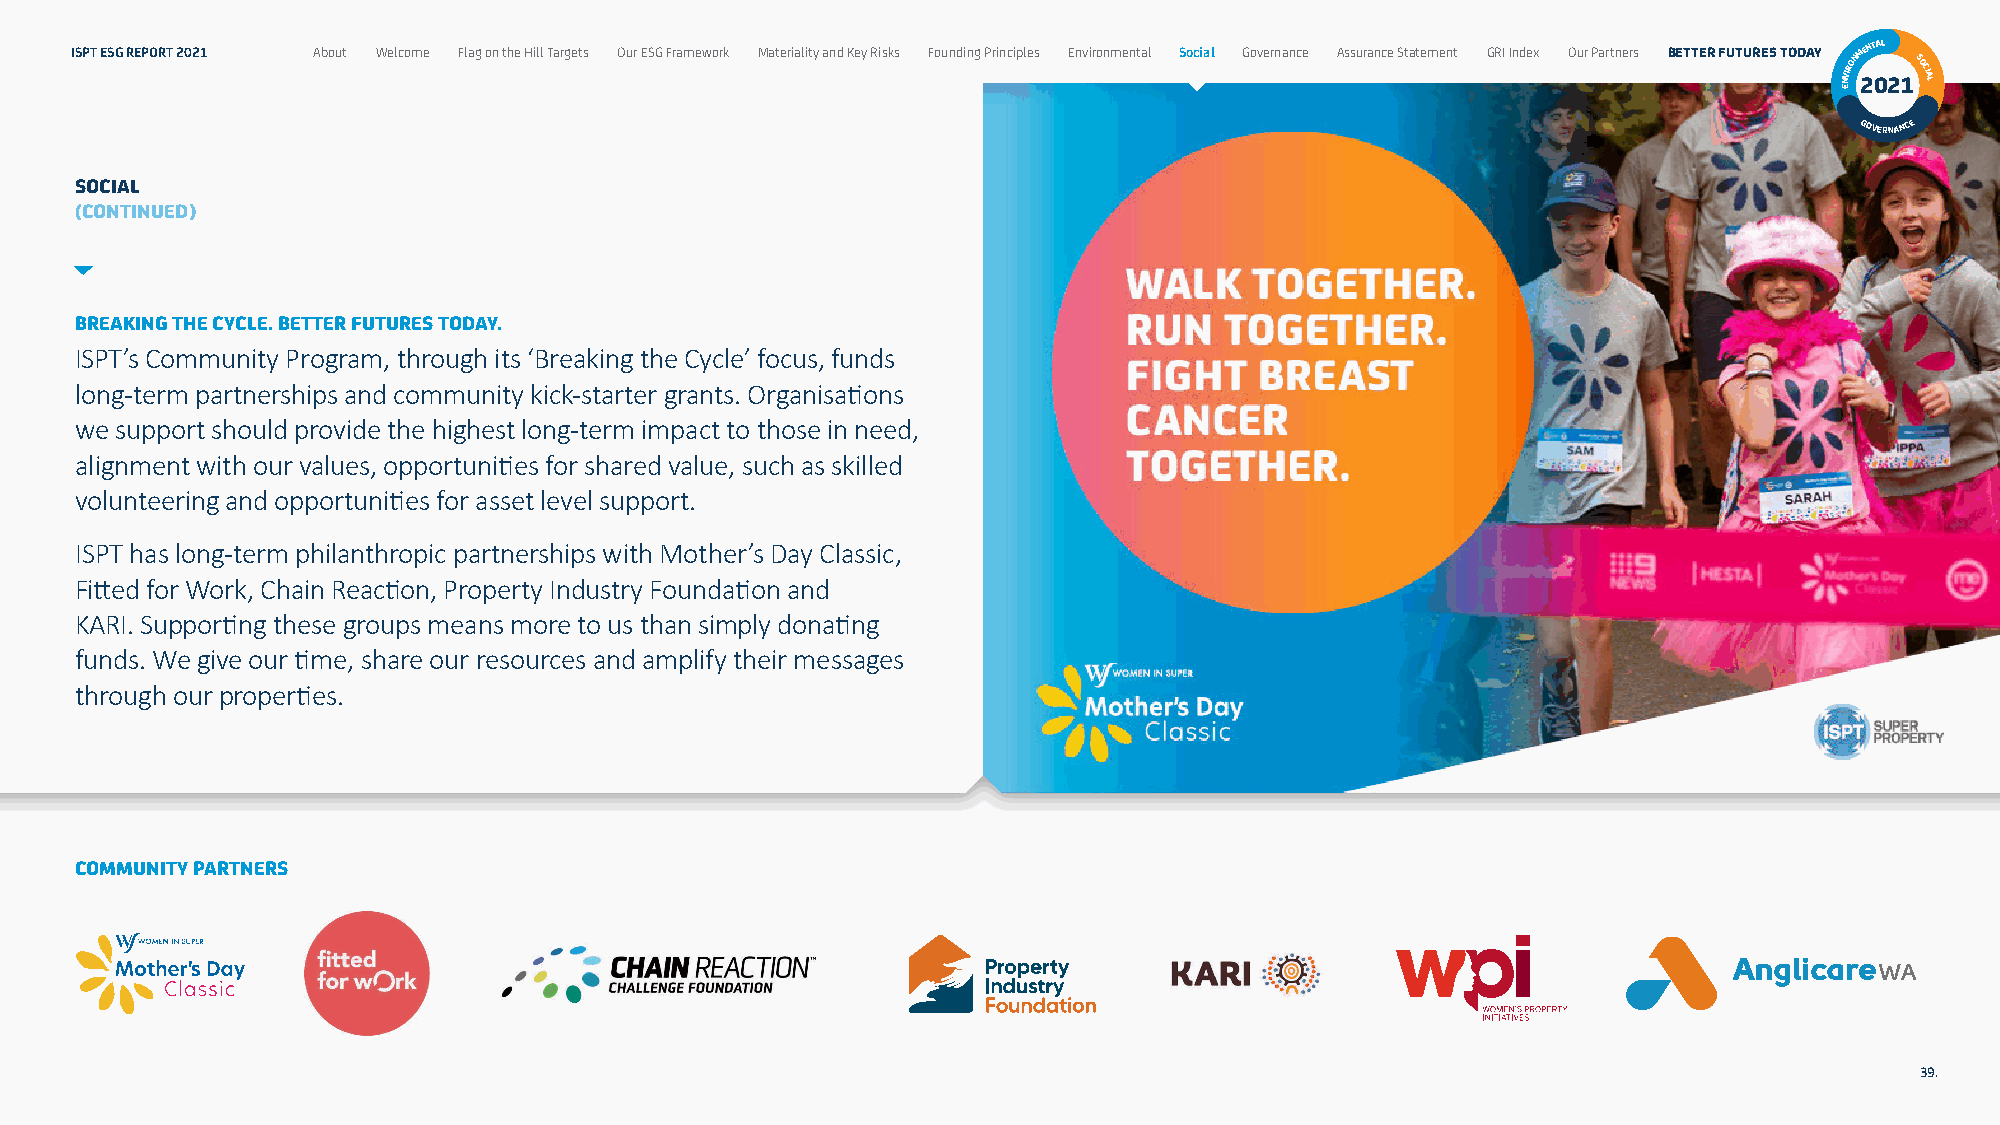
ISPT ESG REPORT 2021 About Welcome Flag on the Hill Targets Our ESG Framework Materiality and Key Risks Founding Principles Environmental Social Governance Assurance Statement GRI Index Our Partners BETTER FUTURES TODAY NVIRONM 2ENT 0AL
 21SOCIAL
 E
 GOVERNANCE
 SOCIAL
 (CONTINUED)
 BREAKING THE CYCLE. BETTER FUTURES TODAY.
 ISPT’s Community Program, through its ‘Breaking the Cycle’ focus, funds
 long-term partnerships and community kick-starter grants. Organisations
 we support should provide the highest long-term impact to those in need,
 alignment with our values, opportunities for shared value, such as skilled
 volunteering and opportunities for asset level support.
 ISPT has long-term philanthropic partnerships with Mother’s Day Classic,
 Fitted for Work, Chain Reaction, Property Industry Foundation and
 KARI. Supporting these groups means more to us than simply donating
 funds. We give our time, share our resources and amplify their messages
 through our properties.
 COMMUNITY PARTNERS
 39.